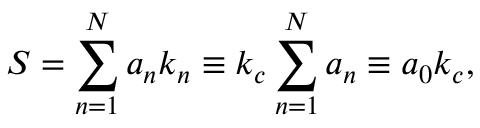
S = \sum _ { n = 1 } ^ { N } a _ { n } k _ { n } \equiv k _ { c } \sum _ { n = 1 } ^ { N } a _ { n } \equiv a _ { 0 } k _ { c } ,